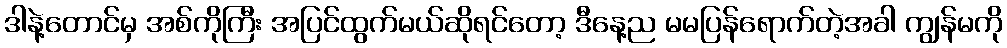
ဒါနဲ့တောင်မှ အစ်ကိုကြီး အပြင်ထွက်မယ်ဆိုရင်တော့ ဒီနေ့ည မမပြန်ရောက်တဲ့အခါ ကျွန်မကို